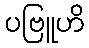
ပဗြူဟိ